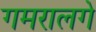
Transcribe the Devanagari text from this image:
गमरालगे